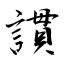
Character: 謴